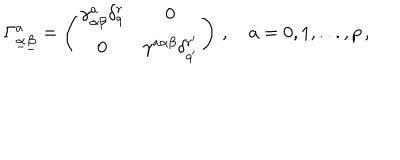
\Gamma _ { \underline { { \alpha } } \underline { { \beta } } } ^ { a } = \left( \begin{array} { c c } { { \gamma _ { \alpha \beta } ^ { a } \delta _ { q } ^ { r } } } & { { 0 } } \\ { { 0 } } & { { \gamma ^ { a \alpha \beta } \delta _ { q ^ { \prime } } ^ { r ^ { \prime } } } } \\ \end{array} \right) \, , \quad a = 0 , 1 , . . . , p \, ,